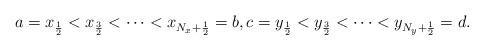
LaTeX: \begin{align*}a=x_{\frac{1}{2}}<x_{\frac{3}{2}}<\cdots<x_{N_x+\frac{1}{2}}=b, c=y_{\frac{1}{2}}<y_{\frac{3}{2}}<\cdots<y_{N_y+\frac{1}{2}}=d.\end{align*}